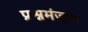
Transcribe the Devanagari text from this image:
प्रश्नमंजूषा